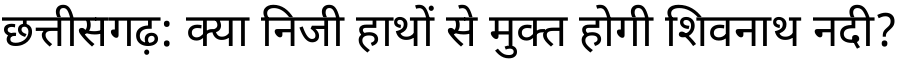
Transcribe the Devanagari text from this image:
छत्तीसगढ़: क्या निजी हाथों से मुक्त होगी शिवनाथ नदी?